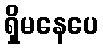
ရှိမနေပေ